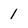
Character: 1